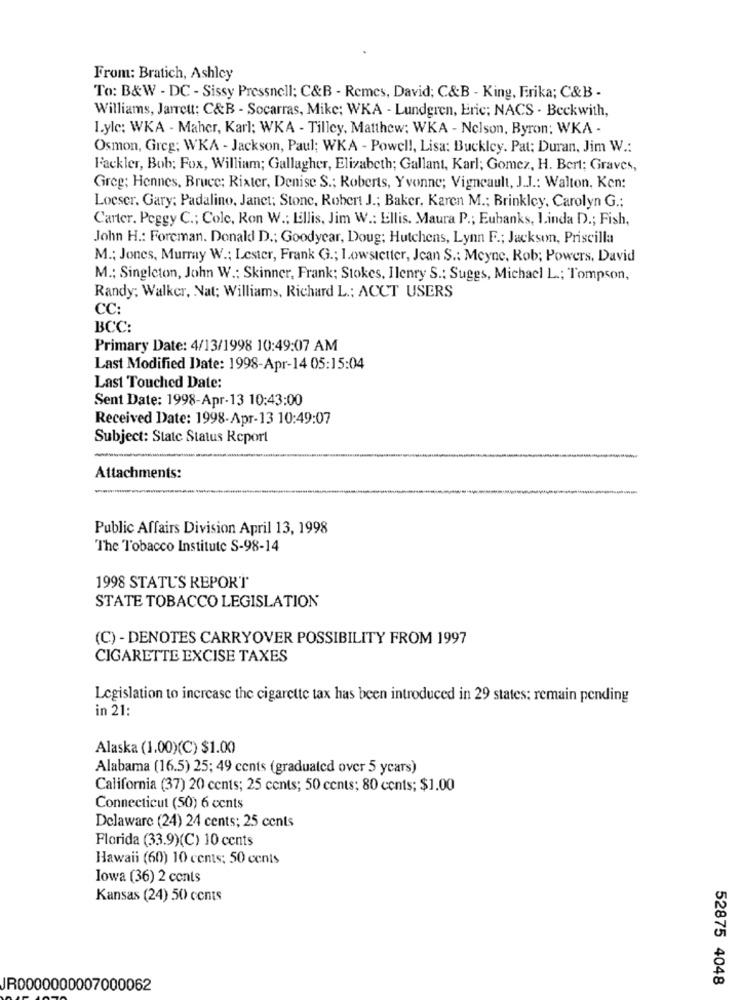
From: Bratich, Ashley
To: B&W - DC - Sissy Pressnell; C&B - Remes, David; C&B - King, Erika; C&B -
Williams, Jarrett: C&B - Socarras, Mike; WKA - Lundgren, Eric; NACS - Beckwith,
I.ylc: WKA - Maher, Karl; WKA - Tilley, Matthew; WKA - Nelson, Byron; WKA -
Osmon, Greg; WKA - Jackson, Paul; WKA - Powell, Lisa: Buckley. Pat: Duran, Jim W .:
Fackler, Bob; Fox, William; Gallagher, Elizabeth; Gallant, Karl; Gomez, H. Bert; Graves,
Greg; Hennes, Bruce; Rixter, Denise S .; Roberts, Yvonne; Vigneault, J.J .: Walton, Ken:
Loeser. Gary; Padalino, Janet; Stone, Robert J .; Baker, Karen M .; Brinkley, Carolyn G .:
Carter. Peggy C .; Cole, Ron W .; Ellis, Jim W .: Ellis. Maura P .; Eubanks, Linda D .; Fish,
John H .: Foreman. Donald D .; Goodyear, Doug; Hutchens, Lynn F .; Jackson, Priscilla
M .; Jones, Murray W .; Lester, Frank G .; I.owsletter, Jean S .: Meyne, Rob; Powers, David
M .; Singleton, John W .: Skinner, Frank; Stokes, Ilenry S .: Suggs, Michael L .; Tompson,
Randy; Walker, Nat; Williams, Richard L .: ACCT USERS
CC:
BCC:
Primary Date: 4/13/1998 10:49:07 AM
Last Modified Date: 1998-Apr-14 05:15:04
Last Touched Date:
Sent Date: 1998-Apr-13 10:43:00
Received Date: 1998-Apr-13 10:49:07
Subject: State Status Report
Attachments:
Public Affairs Division April 13, 1998
The Tobacco Institute S-98-14
1998 STATUS REPORT
STATE TOBACCO LEGISLATION
(C) - DENOTES CARRYOVER POSSIBILITY FROM 1997
CIGARETTE EXCISE TAXES
Legislation to increase the cigarette tax has been introduced in 29 states: remain pending
in 21:
Alaska (1.00)(C) $1.00
Alabama (16.5) 25; 49 cents (graduated over 5 years)
California (37) 20 cents; 25 cents; 50 cents; 80 cents; $1.00
Connecticut (50) 6 cents
Delaware (24) 24 cents; 25 cents
Florida (33.9)(C) 10 cents
Hawaii (60) 10 cents; 50 cents
Iowa (36) 2 cents
Kansas (24) 50 cents
52875 4048
JR0000000007000062